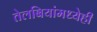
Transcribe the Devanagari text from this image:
तेलबियांमध्येही